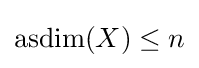
\operatorname {asdim} (X)\leq n